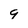
Character: 9